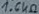
Text: 1.6KΩ